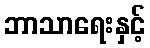
ဘာသာရေးနှင့်